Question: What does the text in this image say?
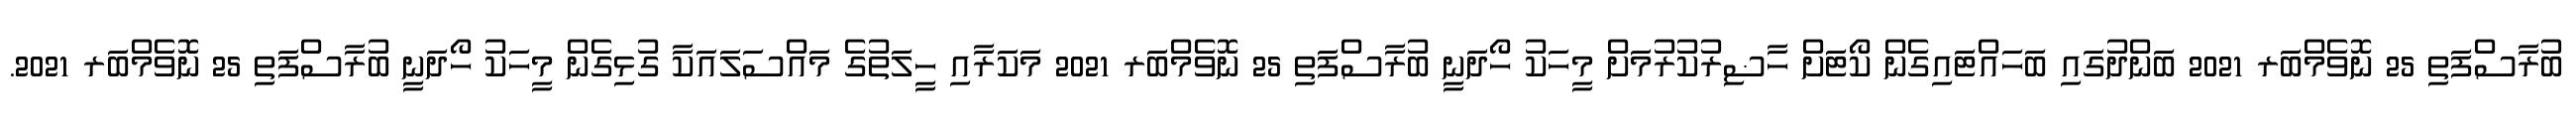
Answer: ބުރާސްފަތި 25 ނޮވެމްބަރ 2021 ބަންދުގައި ބަހައްޓައިގެން ކޯޓަށް ހާޟިރުކުރުމަށް މީހަކު ހޯދަނީ ބުރާސްފަތި 25 ނޮވެމްބަރ 2021 މަކަރާއި ހީލަތުގެ މައްސަލައަކާ ގުޅިގެން މީހަކު ހޯދަނީ ބުރާސްފަތި 25 ނޮވެމްބަރ 2021.